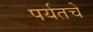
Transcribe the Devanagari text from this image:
पर्यतचे